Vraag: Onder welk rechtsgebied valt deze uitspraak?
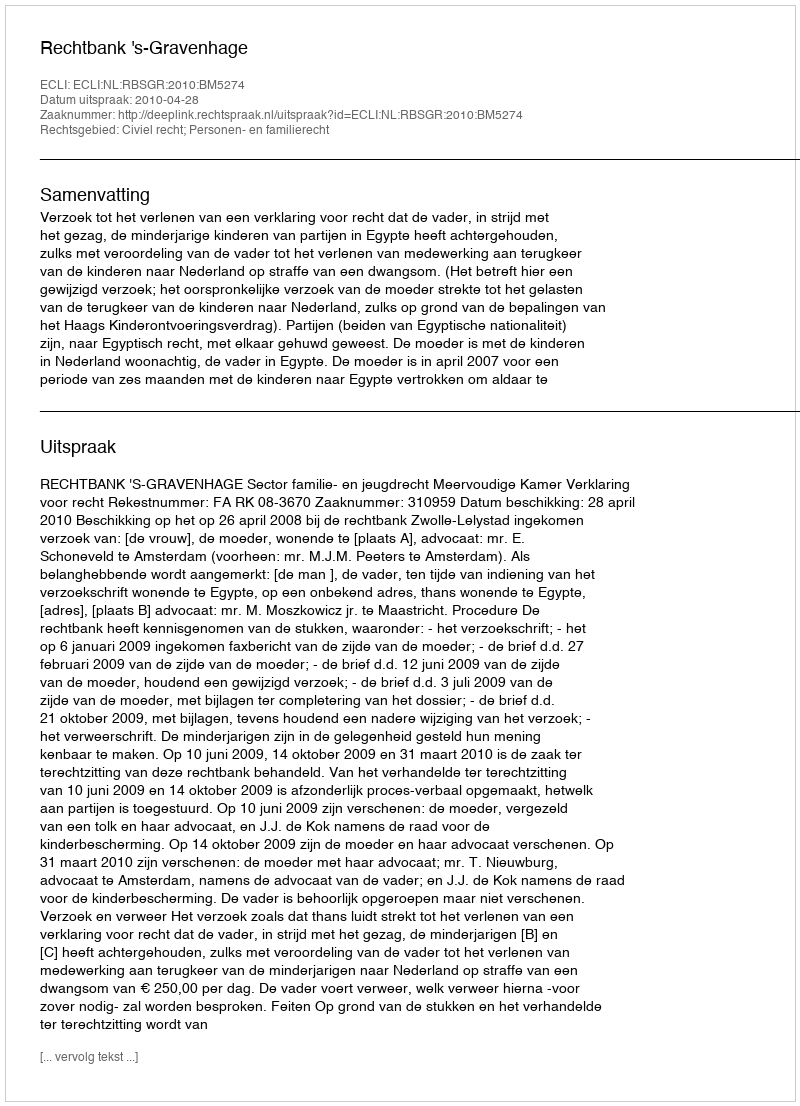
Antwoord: Civiel recht; Personen- en familierecht